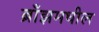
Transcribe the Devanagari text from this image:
ब्राँझमधील